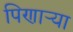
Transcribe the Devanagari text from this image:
पिणार्‍या